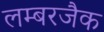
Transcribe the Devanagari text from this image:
लम्बरजैक